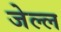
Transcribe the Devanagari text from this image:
जेल्ल